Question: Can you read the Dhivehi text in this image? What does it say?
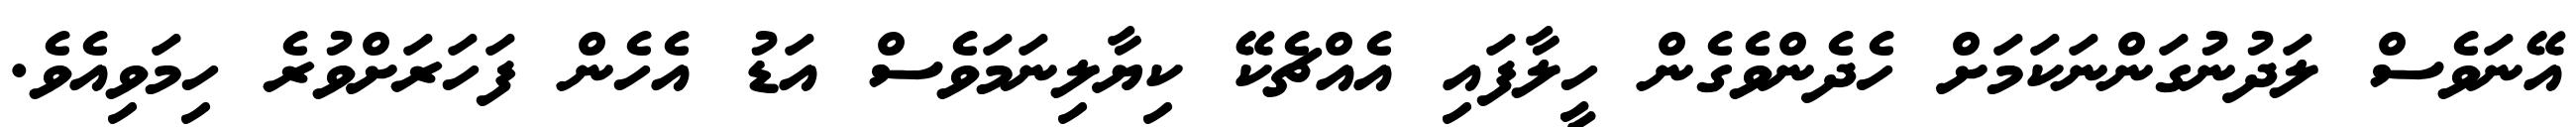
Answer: އޭނަވެސް ލަދުނުގަންނަކަމަށް ހެދެންވެގެން ހީލާފައި އެއްޗެކޭ ކިޔާލިނަމަވެސް އަޑު އެހެން ފަހަރަށްވުރެ ހިމަވިއެވެ.